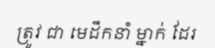
ត្រូវ ជា មេដឹកនាំ ម្នាក់ ដែរ